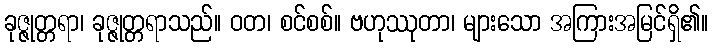
ခုဇ္ဇုတ္တရာ၊ ခုဇ္ဇုတ္တရာသည်။ ဝတ၊ စင်စစ်။ ဗဟုဿုတာ၊ များသော အကြားအမြင်ရှိ၏။